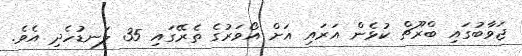
ޖަވާބުގައި ބްރޫޗް ކުޅެން އަރައި އަށް އޯވަރުގެ ތެރޭގައި 35 ލަނޑުހެދި އެވެ.